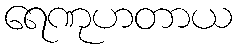
ရေဏုဟတာယ